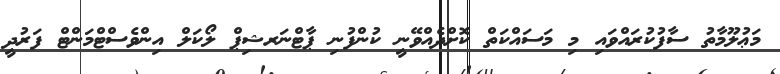
މަޢުލޫމާތު ސާފުކުރައްވައި މި މަސައްކަތް ކޮށްދެއްވޭނީ ކުންފުނި ޕާޓްނަރޝިޕް ލޯކަލް އިންވެސްޓްމަންޓް ފަރުދީ